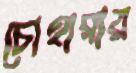
চোহারায়